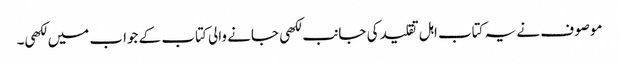
موصوف نے یہ کتاب اہل تقلید کی جانب لکھی جانے والی کتاب کے جواب میں لکھی۔